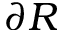
\partial R